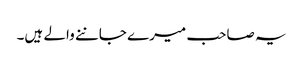
یہ صاحب میرے جاننے والے ہیں۔